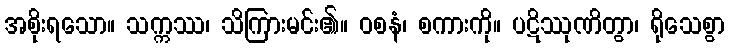
အစိုးရသော။ သက္ကဿ၊ သိကြားမင်း၏။ ဝစနံ၊ စကားကို။ ပဋိဿုဏိတွာ၊ ရိုသေစွာ